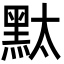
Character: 𪐥